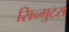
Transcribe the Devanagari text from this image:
सिन्गुटरा